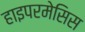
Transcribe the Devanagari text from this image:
हाइपरमेसिस